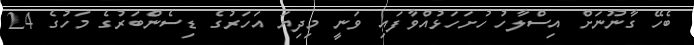
ބެހޭ ގާނޫނަށް އިސްލާހު ހުށަހަޅުއްވާފައި ވަނީ މިދިޔަ އަހަރުގެ ޑިސެންބަރުގެ މަހުގެ 24